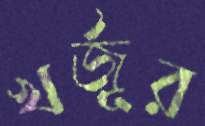
খর্জূর